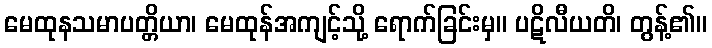
မေထုနသမာပတ္တိယာ၊ မေထုန်အကျင့်သို့ ရောက်ခြင်းမှ။ ပဋိလီယတိ၊ တွန့်၏။